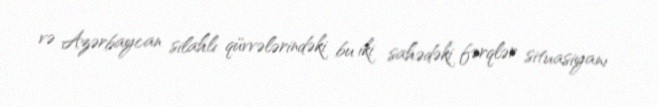
və Azərbaycan silahlı qüvvələrindəki bu iki sahədəki fərqlər situasiyanı